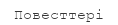
Повесттері